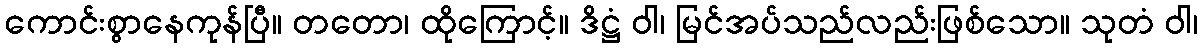
ကောင်းစွာနေကုန်ပြီ။ တတော၊ ထိုကြောင့်။ ဒိဋ္ဌံ ဝါ၊ မြင်အပ်သည်လည်းဖြစ်သော။ သုတံ ဝါ၊